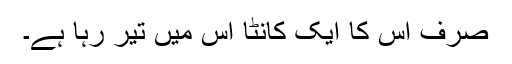
صرف اس کا ایک کانٹا اس میں تَیر رہا ہے۔